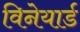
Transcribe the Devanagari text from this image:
विनेयार्ड